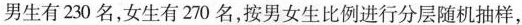
男生有230名，女生有270名，按男女生比例进行分层随机抽样，